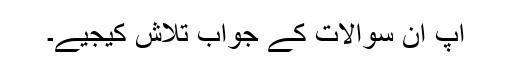
آپ ان سوالات کے جواب تلاش کیجیے۔